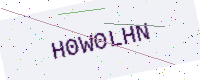
Text: H0W0LHN